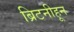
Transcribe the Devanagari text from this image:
ब्रिटनीहून